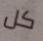
كل